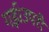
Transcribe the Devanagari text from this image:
गई।उपरी